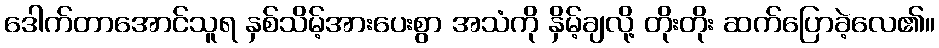
ဒေါက်တာအောင်သူရ နှစ်သိမ့်အားပေးစွာ အသံကို နှိမ့်ချလို့ တိုးတိုး ဆက်ပြောခဲ့လေ၏။